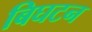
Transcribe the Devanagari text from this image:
बिघटन